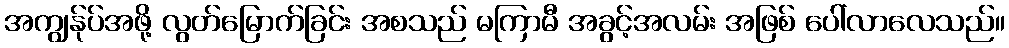
အကျွန်ုပ်အဖို့ လွတ်မြောက်ခြင်း အစသည် မကြာမီ အခွင့်အလမ်း အဖြစ် ပေါ်လာလေသည်။